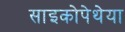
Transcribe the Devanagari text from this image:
साइकोपेथेया